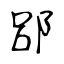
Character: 郘